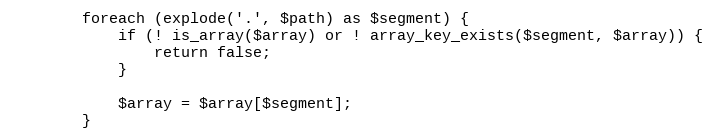
Language: PHP
        foreach (explode('.', $path) as $segment) {
            if (! is_array($array) or ! array_key_exists($segment, $array)) {
                return false;
            }

            $array = $array[$segment];
        }